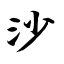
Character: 沙